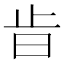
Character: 𣥜